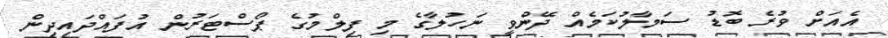
އެއަށް ވުރެ ބޮޑު ސަމާލުކަމެއް ދޭންވީ ނަހުލާގެ މި ފިލްމުގެ ޕޯސްޓަރުން އުފައްދައިދިން